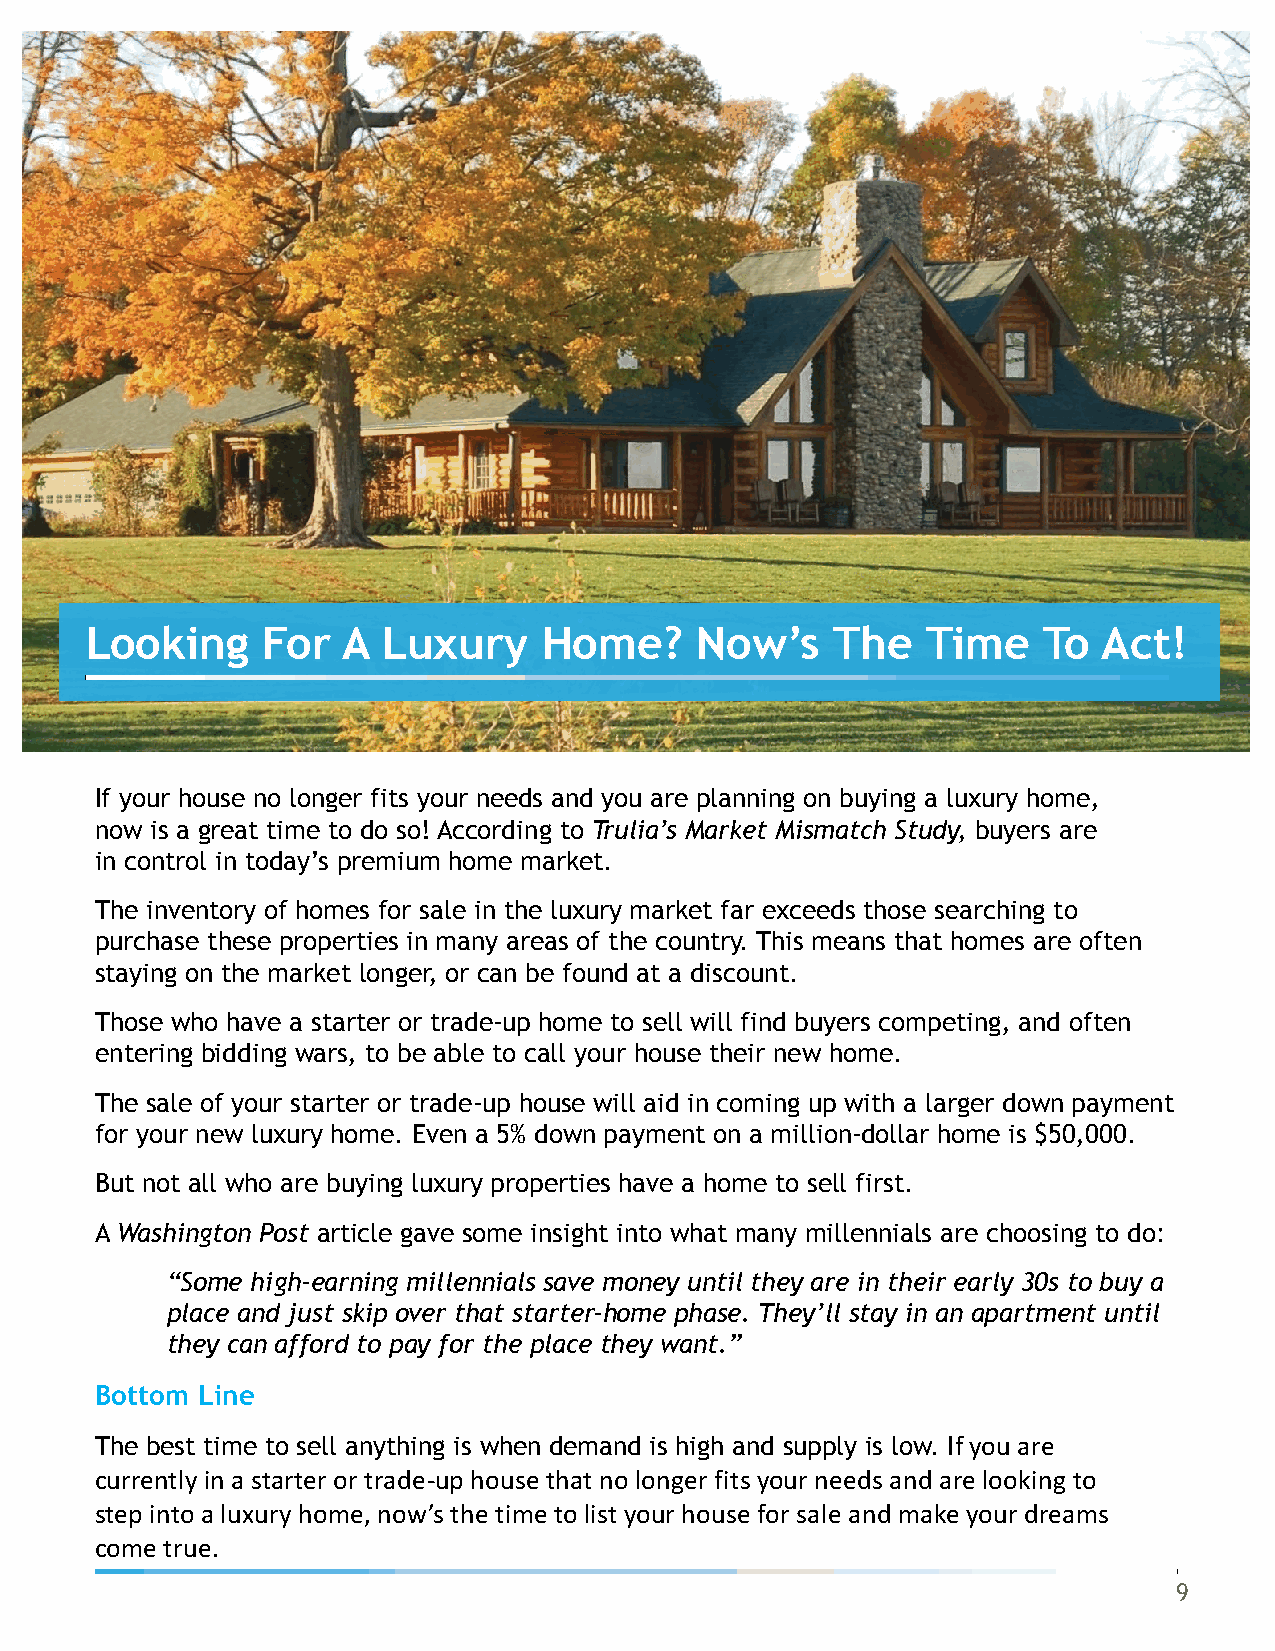
Looking    For   A Luxury     Home?     Now’s    The   Time    To  Act!
 If your house no longer fits your needs and you are planning on buying a luxury home,
 now is a great time to do so! According to Trulia’s Market Mismatch Study, buyers are
 in control in today’s premium home market.
 The inventory of homes for sale in the luxury market far exceeds those searching to
 purchase these properties in many areas of the country. This means that homes are often
 staying on the market longer, or can be found at a discount.
 Those who have a starter or trade-up home to sell will find buyers competing, and often
 entering bidding wars, to be able to call your house their new home.
 The sale of your starter or trade-up house will aid in coming up with a larger down payment
 for your new luxury home. Even a 5% down payment on a million-dollar home is $50,000.
 But not all who are buying luxury properties have a home to sell first.
 A Washington Post article gave some insight into what many millennials are choosing to do:
 “Some high-earning millennials save money until they are in their early 30s to buy a
 place and just skip over that starter-home phase. They’ll stay in an apartment until
 they can afford to pay for the place they want.”
 Bottom Line
 The best time to sell anything is when demand is high and supply is low. If you are
 currently in a starter or trade-up house that no longer fits your needs and are looking to
 step into a luxury home, now’s the time to list your house for sale and make your dreams
 come true.
 9